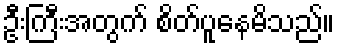
ဦးကြီးအတွက် စိတ်ပူနေမိသည်။